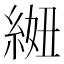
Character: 𫃩